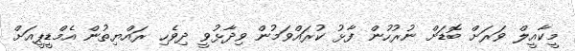
މީކާއީލް ވަރަށް ބޮޑަށް ނުރުހުން ފާޅު ކުރައްވަމުން ވިދާޅުވީ ދިވެހި ރައްޔިތުން އެމްޑީޕީއަށް